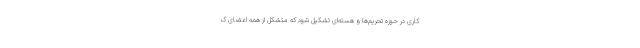
کاری در حوزه تحریم‌ها و هسته‌ای تشکیل شود که متشکل از همه اعضای ک